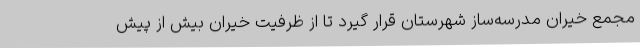
مجمع خیران مدرسه‌ساز شهرستان قرار گیرد تا از ظرفیت‌ خیران بیش از پیش